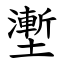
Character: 壍